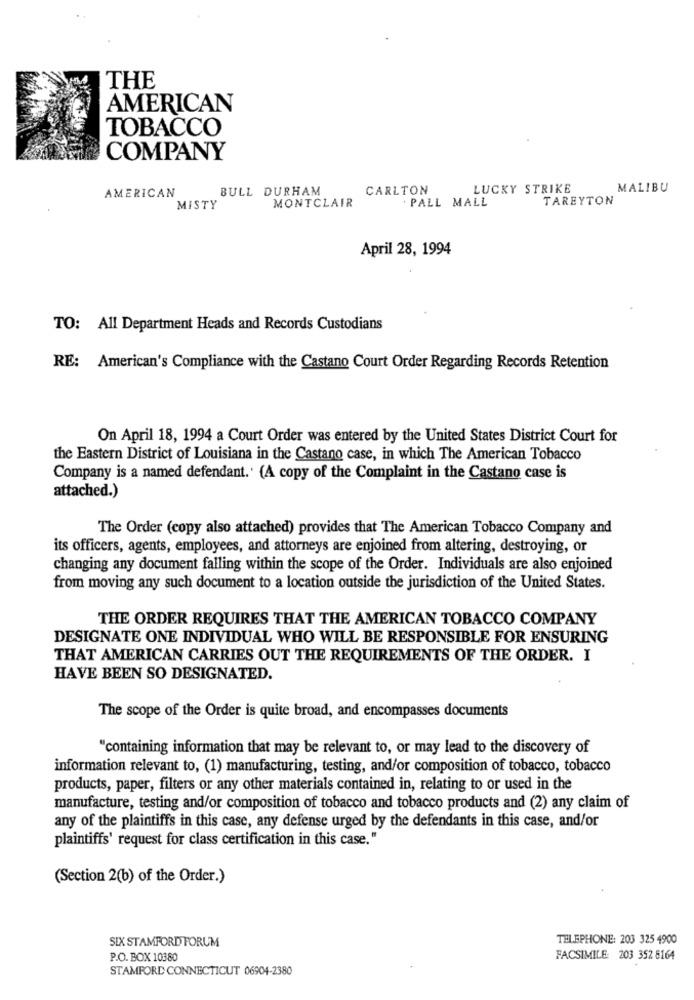
THE
AMERICAN
TOBACCO
COMPANY
BULL DURHAM
CARLTON
LUCKY STRIKE
MALIBU
AMERICAN
PALL MALL
TAREYTON
MISTY
MONTCLAIR
April 28, 1994
TO: All Department Heads and Records Custodians
RE: American's Compliance with the Castano Court Order Regarding Records Retention
On April 18, 1994 a Court Order was entered by the United States District Court for
the Eastern District of Louisiana in the Castano case, in which The American Tobacco
Company is a named defendant.' (A copy of the Complaint in the Castano case is
attached.)
The Order (copy also attached) provides that The American Tobacco Company and
its officers, agents, employees, and attorneys are enjoined from altering, destroying, or
changing any document falling within the scope of the Order. Individuals are also enjoined
from moving any such document to a location outside the jurisdiction of the United States.
THE ORDER REQUIRES THAT THE AMERICAN TOBACCO COMPANY
DESIGNATE ONE INDIVIDUAL WHO WILL BE RESPONSIBLE FOR ENSURING
THAT AMERICAN CARRIES OUT THE REQUIREMENTS OF THE ORDER. I
HAVE BEEN SO DESIGNATED.
The scope of the Order is quite broad, and encompasses documents
"containing information that may be relevant to, or may lead to the discovery of
information relevant to, (1) manufacturing, testing, and/or composition of tobacco, tobacco
products, paper, filters or any other materials contained in, relating to or used in the
manufacture, testing and/or composition of tobacco and tobacco products and (2) any claim of
any of the plaintiffs in this case, any defense urged by the defendants in this case, and/or
plaintiffs' request for class certification in this case."
(Section 2(b) of the Order.)
SIX STAMFORD FORUM
TELEPHONE: 203 325 4900
P.O. BOX 10380
FACSIMILE: 203 352 8164
STAMFORD CONNECTICUT 06904-2380